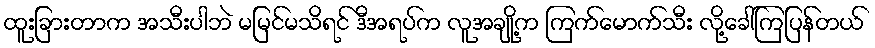
ထူးခြားတာက အသီးပါဘဲ မမြင်မသိရင် ဒီအရပ်က လူအချို့က ကြက်မောက်သီး လို့ခေါ်ကြပြန်တယ်